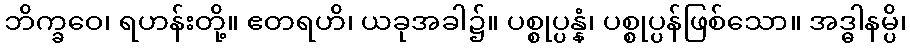
ဘိက္ခဝေ၊ ရဟန်းတို့။ ဧတရဟိ၊ ယခုအခါ၌။ ပစ္စုပ္ပန္နံ၊ ပစ္စုပ္ပန်ဖြစ်သော။ အဒ္ဓါနမ္ပိ၊